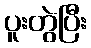
ပူးတွဲပြီး